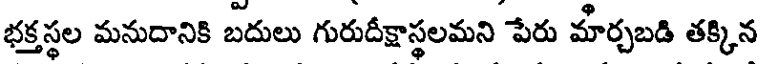
భక్తస్థల మనుదానికి బదులు గురుదీక్షాస్థలమని పేరు మార్చబడి తక్కిన